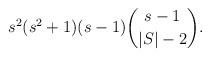
\begin{align*} s^2(s^2+1)(s-1)\binom{s-1}{|S|-2}. \end{align*}